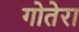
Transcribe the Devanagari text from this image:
गोतेरा